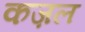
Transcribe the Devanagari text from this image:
कज़ल